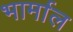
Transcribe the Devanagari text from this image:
भार्माल